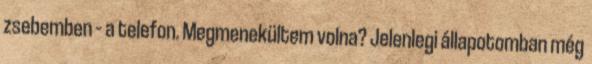
zsebemben – a telefon. Megmenekültem volna? Jelenlegi állapotomban még